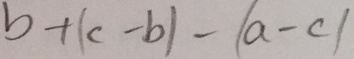
b + ( c - b ) - ( a - c )